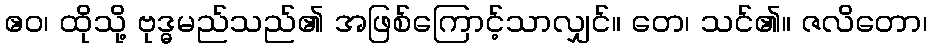
ဧဝ၊ ထိုသို့ ဗုဒ္ဓမည်သည်၏ အဖြစ်ကြောင့်သာလျှင်။ တေ၊ သင်၏။ ဇလိတော၊